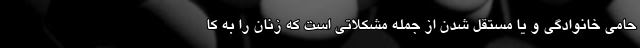
حامی خانوادگی و یا مستقل شدن از جمله مشکلاتی است که زنان را به کا